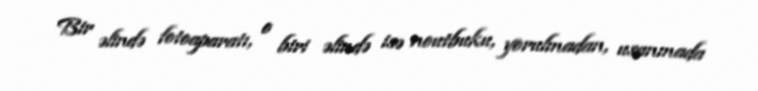
Bir əlində fotoaparatı, o biri əlində isə noutbuku, yorulmadan, usanmada